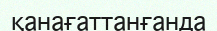
қанағаттанғанда